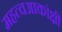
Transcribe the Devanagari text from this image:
महत्वआकांक्षी